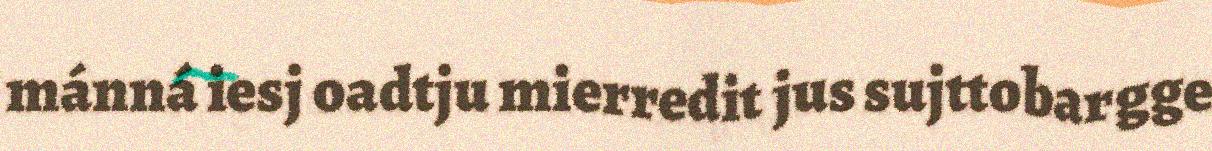
mánná iesj oadtju mierredit jus sujttobargge